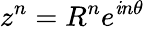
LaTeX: z^{n}=R^{n}e^{\mathit{i}n\theta}